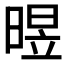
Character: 𣈫